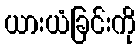
ယားယံခြင်းကို